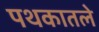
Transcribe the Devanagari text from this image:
पथकातले